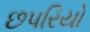
છપરિયો